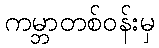
ကမ္ဘာတစ်ဝန်းမှ